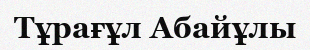
Тұрағұл Абайұлы